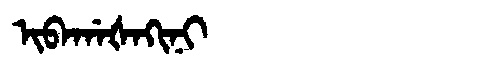
Manchu: ᡳᠪᠠᡤᠠᡧᠠᡴᡳᠨᡳ
Romanization: IBAGAŠAKINI